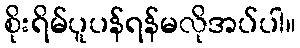
စိုးရိမ်ပူပန်ရန်မလိုအပ်ပါ။